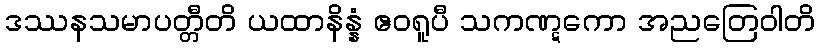
ဒဿနသမာပတ္တီတိ ယထာနိန္နံ ဧဝရူပီ သကဏ္ဋကော အညတြေဝါတိ